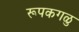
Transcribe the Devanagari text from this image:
रूपकगळु